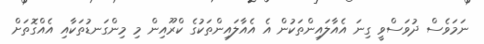
ނަމަވެސް ދުވަސްވީ ގިނަ އެއާލައިންތަކުން އެ އެއާލައިންތަކުގެ ކްރޫއިން މި މިންގަނޑުތަކާއި އެއްގޮތަށް